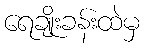
ရေချိုးခန်းထဲမှ